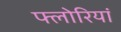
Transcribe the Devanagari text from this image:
फ्लोरियां